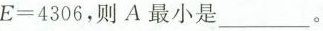
E = 4 3 0 6$$，则A最小是___。